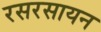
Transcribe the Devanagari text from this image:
रसरसायन